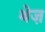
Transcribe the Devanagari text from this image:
थेज़